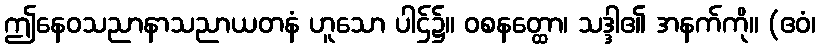
ဤနေဝသညာနာသညာယတနံ ဟူသော ပါဌ်၌။ ဝစနတ္ထော၊ သဒ္ဒါ၏ အနက်ကို။ (ဧဝံ၊